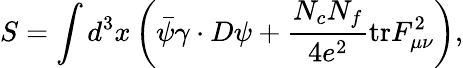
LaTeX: S=\int d^{3}x\left(\bar{\psi}\gamma\cdot D\psi+{\frac{N_{c}N_{f}}{4e^{2}}}\mathrm{tr}F_{\mu\nu}^{2}\right),